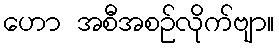
ဟော အစီအစဉ်လိုက်ဗျာ။